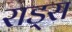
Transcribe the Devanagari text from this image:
राड्स